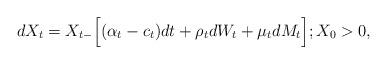
LaTeX: \begin{align*}dX_{t}=X_{t-}\Big[(\alpha_{t}-c_{t})dt+\rho_{t}dW_{t}+\mu_{t}dM_{t}\Big];X_{0}>0,\end{align*}